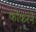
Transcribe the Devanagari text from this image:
कोकरने